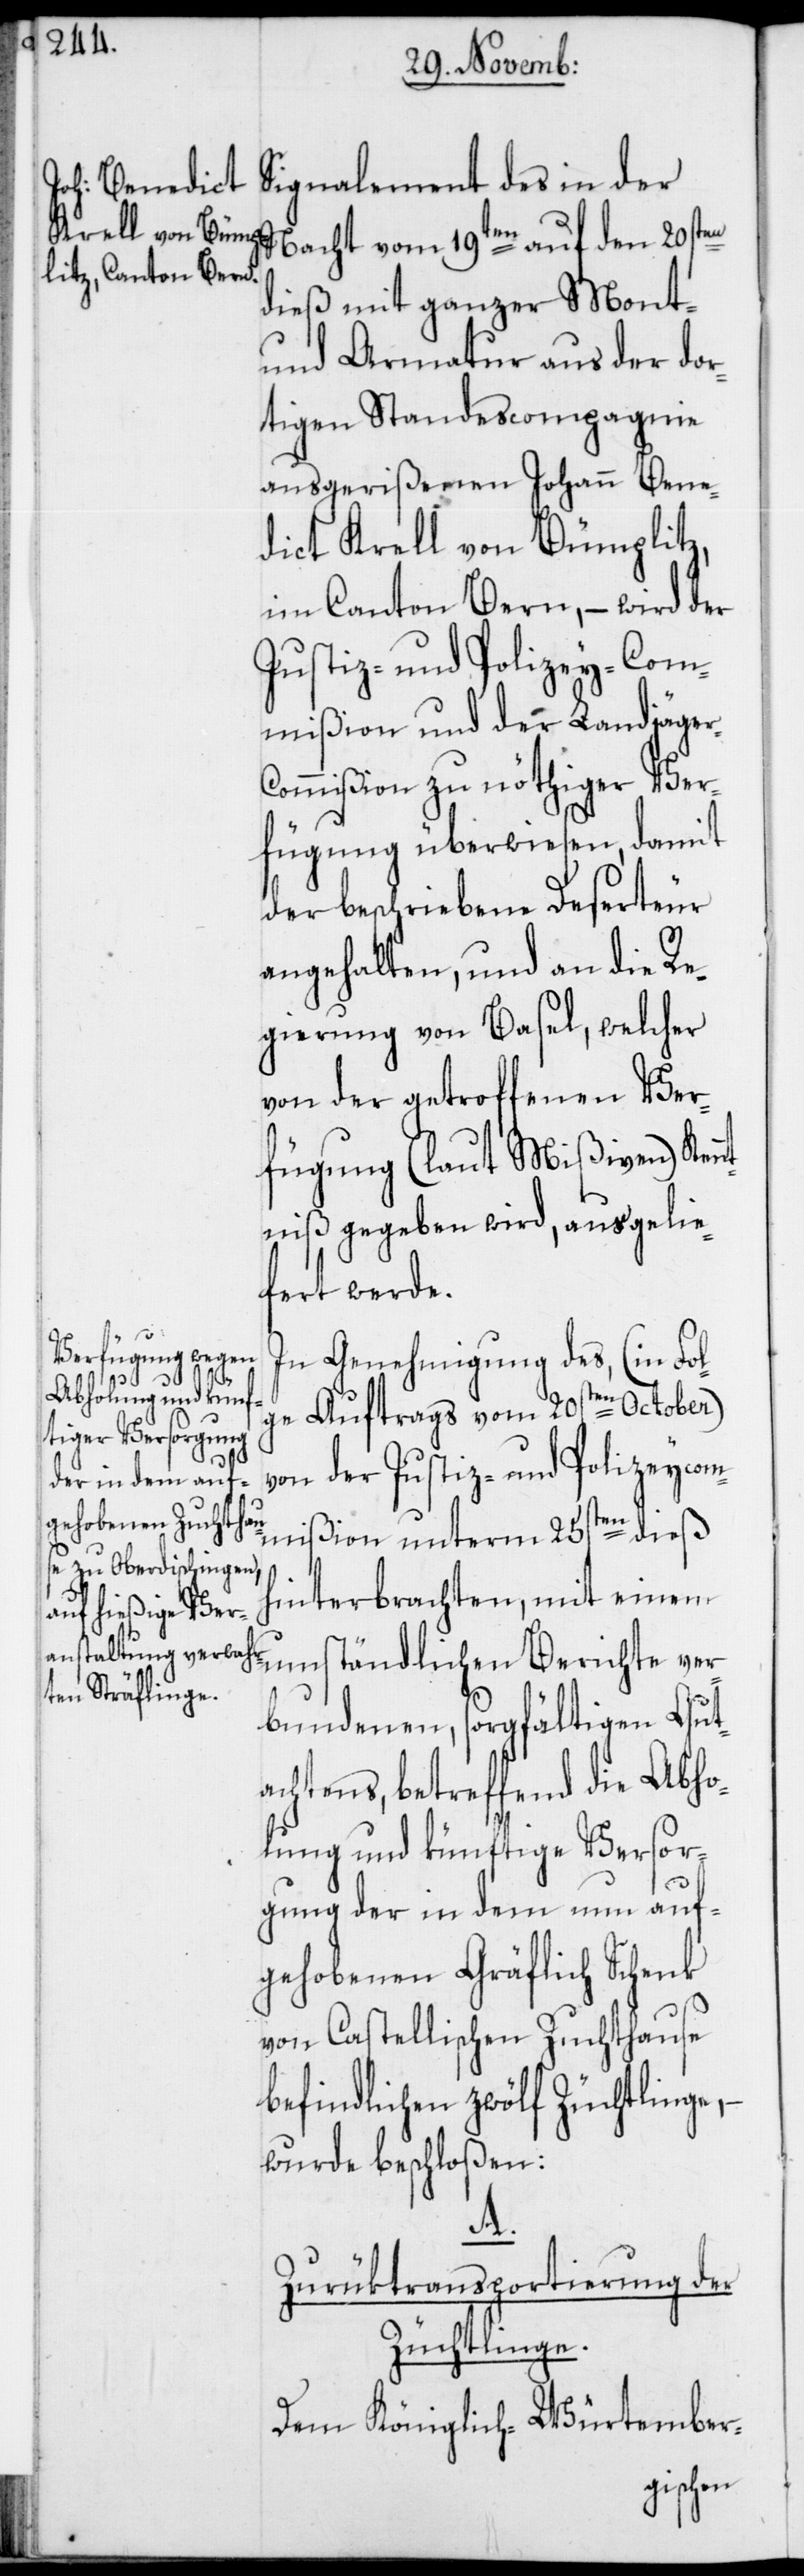
r-C¬

Nacht vom 19ten auf den 20sten
dieß mit ganzer Mont-
und Armatur aus der dor¬
tigen Standescompagnie
ausgerißenen Johann Bene¬
dict Krell von Bümplitz,
im Canton Bern, – wird der
Justiz- und Polizey-Com¬
mißion und der Landjäge¬
ommißion zu nöthiger Ver¬
fügung überwiesen, damit
der beschriebene Deserteur
angehalten, und an die Re¬
gierung von Basel, welcher
von der getroffenen Ver¬
fügung (laut Mißiven) Ken¬
ntniß gegeben wird, ausgelie¬
fert werde.
In Genehmigung des, (in Fol¬
ver¬
ge Auftrags vom 20sten October)
von der Justiz- und Polizeycom¬
mißion unterm 25sten dieß
hinterbrachten, mit einem
bundenen, sorgfältigen Gut¬
achtens, betreffend die Abho¬
lung und künftige Versor¬
gung der in dem nun auf¬
gehobenen Gräflich Schenk
von Castellischen Zuchthause
befindlichen zwölf Züchtlinge,
wurde beschloßen:
A.
Zurüktransportierung der
Züchtlinge.
Dem Königlich-Würtember-